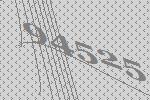
94525